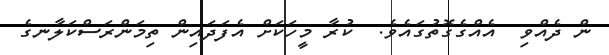
ން ދެއްވި  އެއްގެގޮތުގައެވެ.  ކުރާ މީހަކަށް އެފަދައިން ތިމަންރަސްކަލާނގެ